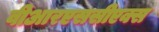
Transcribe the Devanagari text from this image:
वीआरएससीएक्स